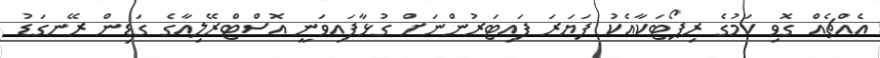
އެއްޗެއް ގޮވި ކަމުގެ ރިޕޯޓަކާއެކު ފަޔަރަ ފައިޓަރުންނަށް ގުޅާފައިވަނީ އޮސްޓްރޭލިއާގެ ގަޑިން ރޭނގަޑު